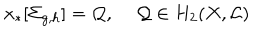
x _ { * } [ \Sigma _ { g , h } ] = { \cal Q } , \, \, \, \, \, \, \, { \cal Q } \in H _ { 2 } ( X , { \cal L } )